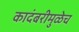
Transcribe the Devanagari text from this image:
कादंबरीमुळेच